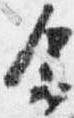
余